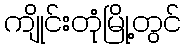
ကျိုင်းတုံမြို့တွင်